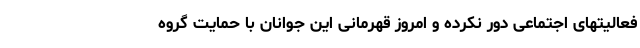
فعالیتهای اجتماعی دور نکرده و امروز قهرمانی این جوانان با حمایت گروه